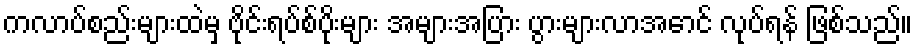
ကလာပ်စည်းများထဲမှ ဗိုင်းရပ်စ်ပိုးများ အများအပြား ပွားများလာအောင် လုပ်ရန် ဖြစ်သည်။